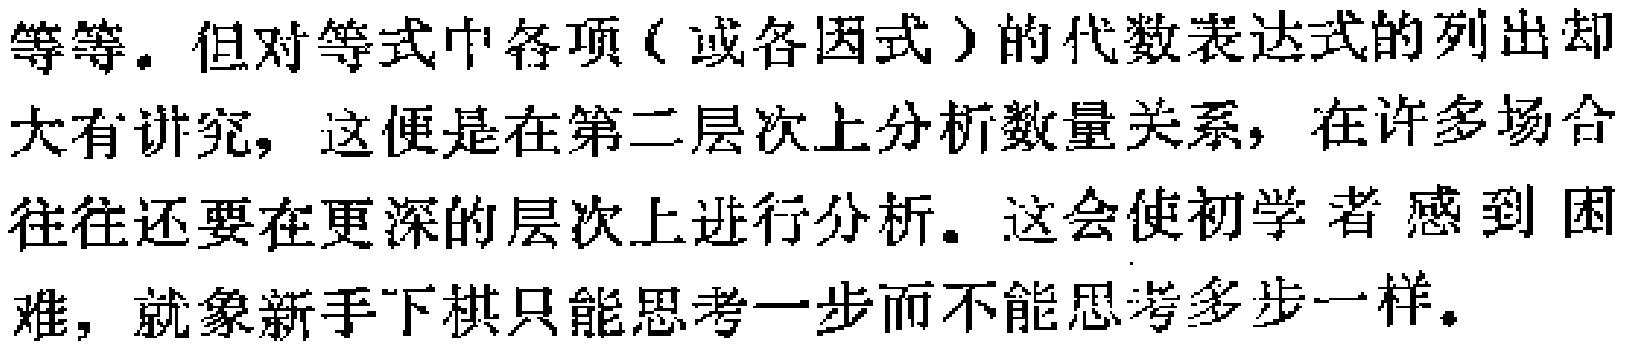
等等. 但对等式中各项（或各因式）的代数表达式的列出却大有讲究, 这便是在第二层次上分析数量关系, 在许多场合往往还要在更深的层次上进行分析. 这会使初学者感到困难, 就象新手下棋只能思考一步而不能思考多步一样.